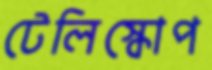
টেলিস্কোপ